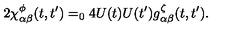
2 \chi _ { \alpha \beta } ^ { \phi } ( t , t ^ { \prime } ) = _ { 0 } 4 U ( t ) U ( t ^ { \prime } ) g _ { \alpha \beta } ^ { \zeta } ( t , t ^ { \prime } ) .